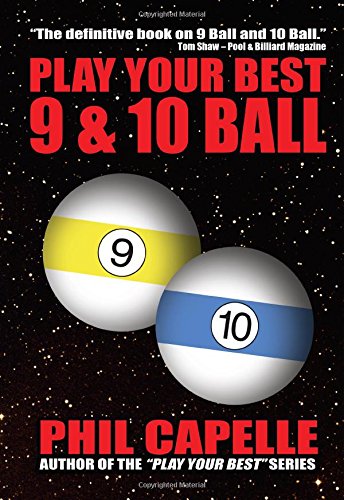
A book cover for Play Your Best 9 & 10-Ball; Philip Capelle; Sports & Outdoors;